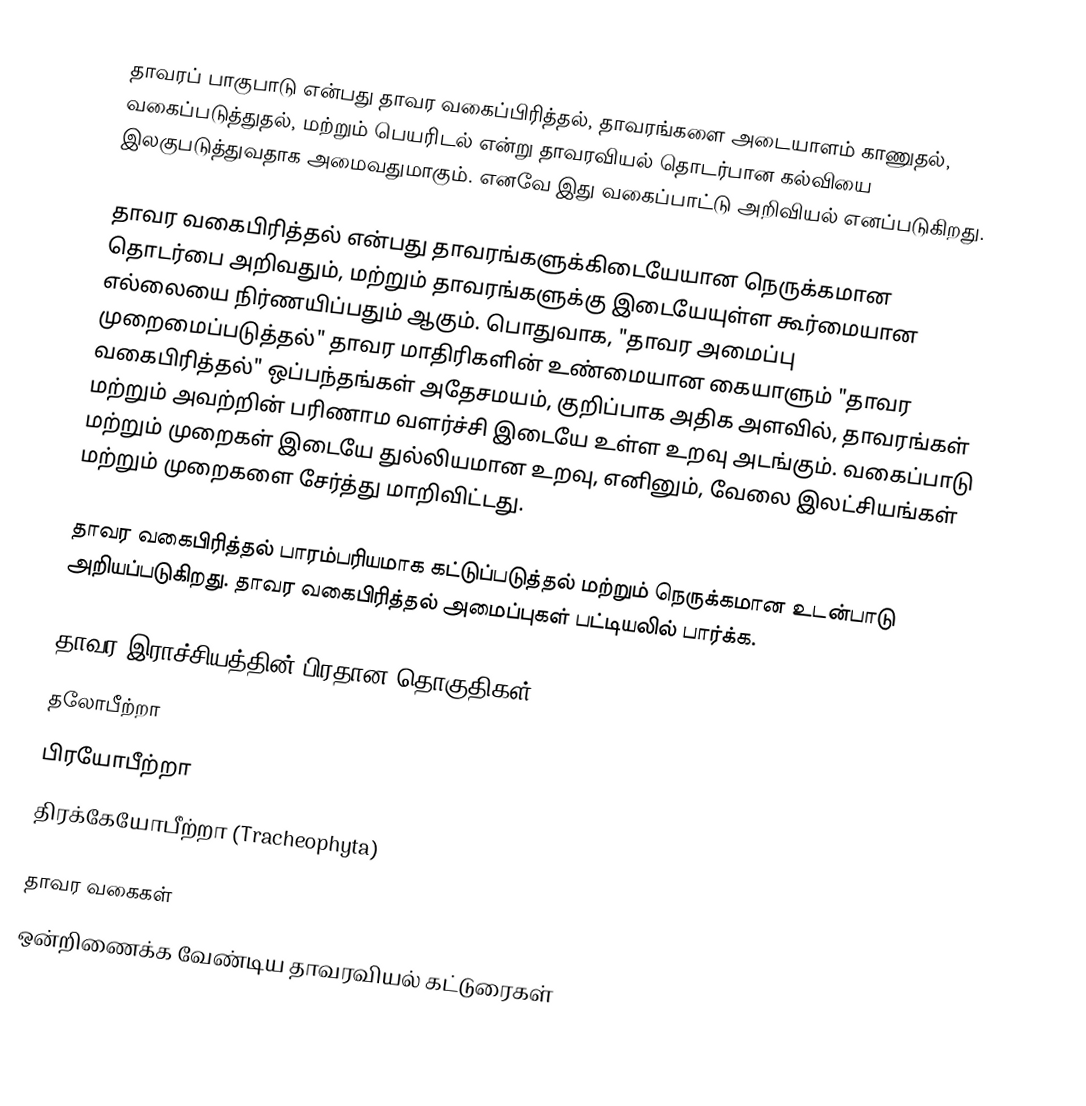
தாவரப் பாகுபாடு என்பது தாவர வகைப்பிரித்தல், தாவரங்களை அடையாளம் காணுதல், வகைப்படுத்துதல், மற்றும் பெயரிடல் என்று தாவரவியல் தொடர்பான கல்வியை இலகுபடுத்துவதாக அமைவதுமாகும். எனவே இது வகைப்பாட்டு அறிவியல் எனப்படுகிறது.

தாவர வகைபிரித்தல் என்பது தாவரங்களுக்கிடையேயான நெருக்கமான தொடர்பை அறிவதும், மற்றும் தாவரங்களுக்கு இடையேயுள்ள கூர்மையான எல்லையை நிர்ணயிப்பதும் ஆகும். பொதுவாக, "தாவர அமைப்பு முறைமைப்படுத்தல்" தாவர மாதிரிகளின் உண்மையான கையாளும் "தாவர வகைபிரித்தல்" ஒப்பந்தங்கள் அதேசமயம், குறிப்பாக அதிக அளவில், தாவரங்கள் மற்றும் அவற்றின் பரிணாம வளர்ச்சி இடையே உள்ள உறவு அடங்கும். வகைப்பாடு மற்றும் முறைகள் இடையே துல்லியமான உறவு, எனினும், வேலை இலட்சியங்கள் மற்றும் முறைகளை சேர்த்து மாறிவிட்டது.

தாவர வகைபிரித்தல் பாரம்பரியமாக கட்டுப்படுத்தல் மற்றும் நெருக்கமான உடன்பாடு அறியப்படுகிறது. தாவர வகைபிரித்தல் அமைப்புகள் பட்டியலில் பார்க்க.

தாவர இராச்சியத்தின் பிரதான தொகுதிகள்:
 தலோபீற்றா
 பிரயோபீற்றா
 திரக்கேயோபீற்றா (Tracheophyta)

தாவர வகைகள்
ஒன்றிணைக்க வேண்டிய தாவரவியல் கட்டுரைகள்